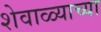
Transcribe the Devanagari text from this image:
शेवाळ्याच्या